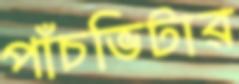
পাঁচভিটার